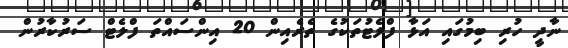
ނާދީ ހުރި ބިމުގައި އަޅާ ފްލެޓުތަކުގެ ތެރެއިން 20 އިންސައްތަ ފްލެޓް ސަރުކާރުން